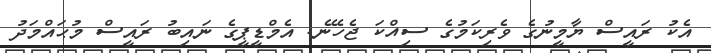
އެކު ރައީސް ޔާމީނުގެ ވެރިކަމުގެ ސިއްކަ ޖެހޭނެ: އެމްޑީޕީގެ ނައިބު ރައީސް މުޙައްމަދު